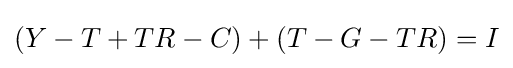
(Y-T+TR-C)+(T-G-TR)=I